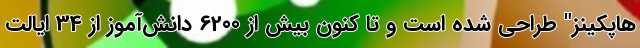
هاپکینز" طراحی شده است و تا کنون بیش از 6200 دانش‌آموز از 34 ایالت